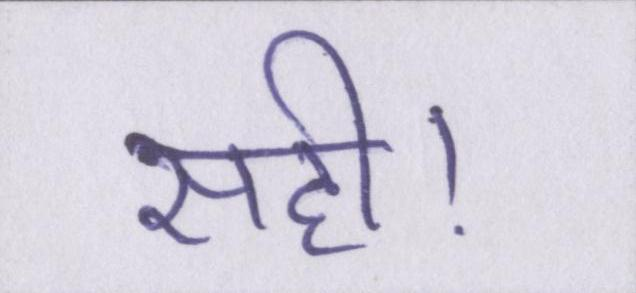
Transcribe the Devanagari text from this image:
सही।